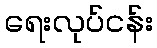
ရေးလုပ်ငန်း